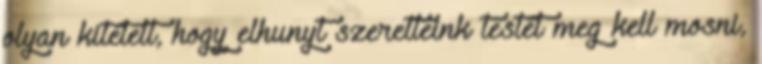
olyan kitételt, hogy elhunyt szeretteink testét meg kell mosni,